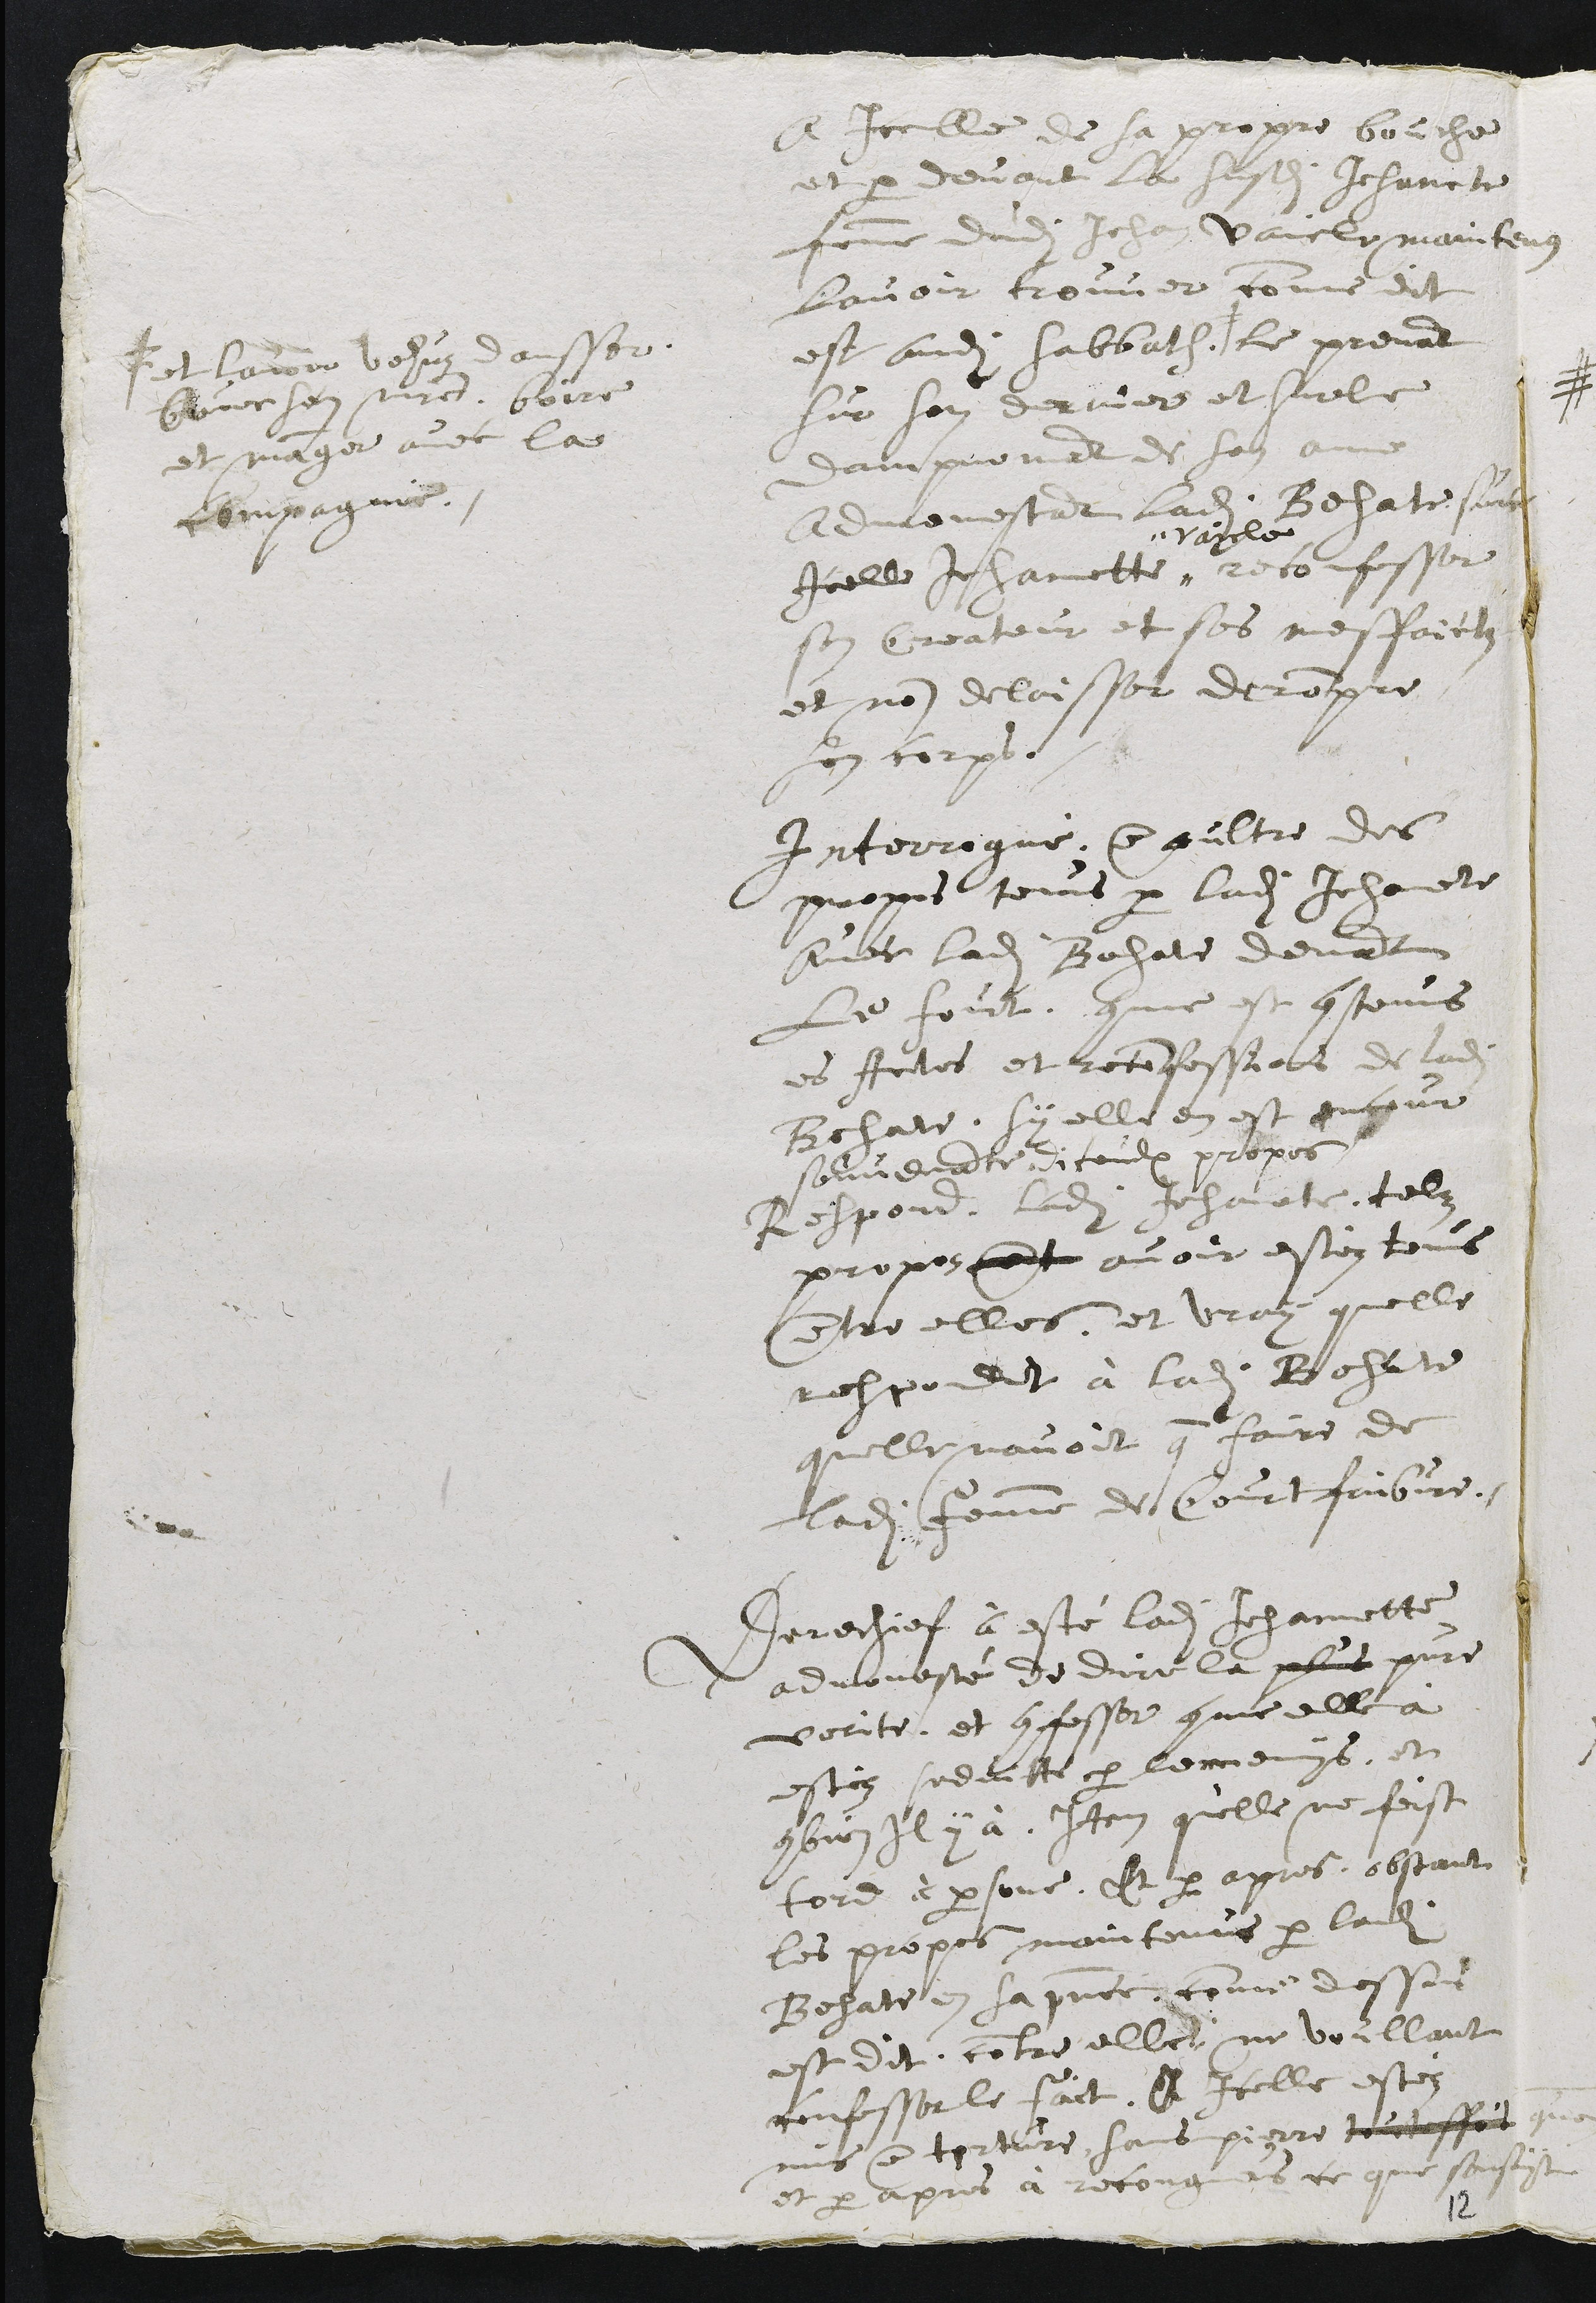
A icelle de sa propre bouche
et par devant la susdite Jehanete
femme dudit Jehan Vaicle maintenus
lavoir trouver comme dit
est audit sabbath. #
# et lavoir vehus dansser
avec son maistre, boire
et manger avec la
compagnie.
le prenant
sur son derrier et sur le
Dampnement de son ame
admonestant ladite Besate. sur ce
icelle Jehannette "
" Vaicle
reconfesser
son Createur et ses meffaictz
et non delaisser de rompre
son corps.
Interrogué, en oultre des
propos tenus par ladite Jehanete
avec ladite Besate devant
le fourt, comme est contenus
es Actes et reconfessions de ladite
Besate, sy elle en est encour
souvenante diceulx propos
Respond, ladite Jehanete, telz
propos ont avoir estéz tenus
entre elles, et vray quelle
respondit à ladite Besate
quelle navoit que faire de
ladite femme de Courtfaibvre.
Derechief à esté ladite Jehannette
admonesté de dire la plus pure
verite, et confesser comme elle à
estéz seduitte par lennemys, et
combien il y à. Item quelle ne feist
tord à persone. Et par apres, obstant
les propos maintenus par ladite
Besate en sa presence, comme dessus
est dit, contre elle, ne voullant
confesser le faict, A icelle estéz
mis en torture, sans pierre touteffois qu'on
et par apres à recongnus ce que sensuyt